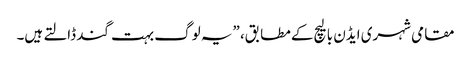
مقامی شہری ایڈن بالیچ کے مطابق، ”یہ لوگ بہت گند ڈالتے ہیں۔